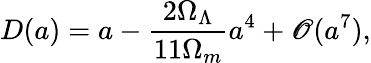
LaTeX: D(a)=a-\frac{2\Omega_{\Lambda}}{11\Omega_{m}}a^{4}+\mathscr{O}(a^{7}),